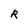
Character: R